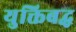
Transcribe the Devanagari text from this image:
युक्तिबद्ध